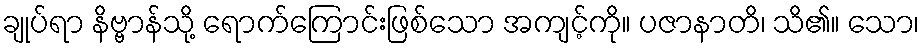
ချုပ်ရာ နိဗ္ဗာန်သို့ ရောက်ကြောင်းဖြစ်သော အကျင့်ကို။ ပဇာနာတိ၊ သိ၏။ သော၊